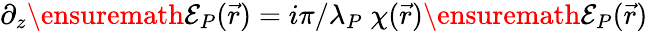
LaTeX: \partial_{z}\ensuremath{\mathcal{E}}_{P}(\vec{r})=i\pi/\lambda_{P}\; \chi(\vec{r})\ensuremath{\mathcal{E}}_{P}(\vec{r})